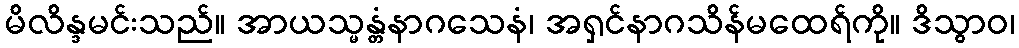
မိလိန္ဒမင်းသည်။ အာယသ္မန္တံနာဂသေနံ၊ အရှင်နာဂသိန်မထေရ်ကို။ ဒိသွာဝ၊